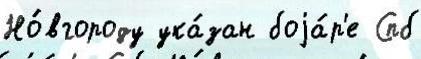
Но́вгороду ука́зан боjа́р'е Спб